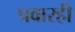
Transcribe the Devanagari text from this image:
पवारही